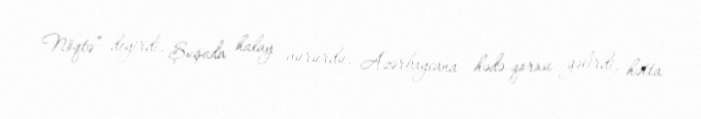
Nöqtə” deyirdi, Şuşada halay vururdu, Azərbaycana hədə-qorxu gəlirdi, hətta